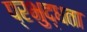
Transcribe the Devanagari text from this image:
प्रभुद्धता